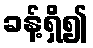
ခန့်ရှိ၍